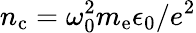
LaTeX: n_{\mathrm{c}}=\omega_{0}^{2}m_{\mathrm{e}}\epsilon_{0}/e^{2}